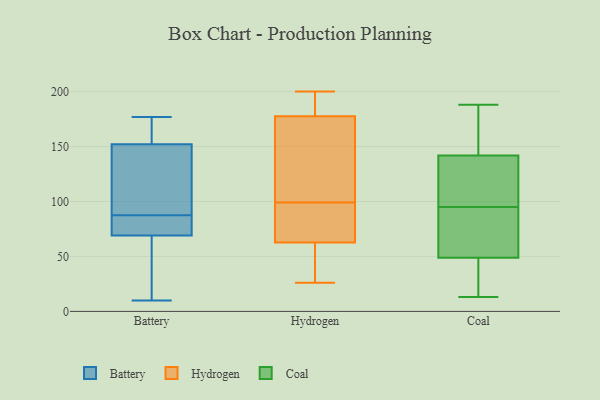
{"axis": {"x": "Population (Million)", "y": "Value"}, "legend": ["Battery", "Coal", "Hydrogen"], "data": [{"x": "", "y": 161, "type": "Battery"}, {"x": "", "y": 45, "type": "Battery"}, {"x": "", "y": 78, "type": "Battery"}, {"x": "", "y": 69, "type": "Battery"}, {"x": "", "y": 86, "type": "Battery"}, {"x": "", "y": 10, "type": "Battery"}, {"x": "", "y": 89, "type": "Battery"}, {"x": "", "y": 152, "type": "Battery"}, {"x": "", "y": 133, "type": "Battery"}, {"x": "", "y": 177, "type": "Battery"}, {"x": "", "y": 179, "type": "Hydrogen"}, {"x": "", "y": 85, "type": "Hydrogen"}, {"x": "", "y": 173, "type": "Hydrogen"}, {"x": "", "y": 99, "type": "Hydrogen"}, {"x": "", "y": 200, "type": "Hydrogen"}, {"x": "", "y": 59, "type": "Hydrogen"}, {"x": "", "y": 179, "type": "Hydrogen"}, {"x": "", "y": 74, "type": "Hydrogen"}, {"x": "", "y": 144, "type": "Hydrogen"}, {"x": "", "y": 38, "type": "Hydrogen"}, {"x": "", "y": 26, "type": "Hydrogen"}, {"x": "", "y": 95, "type": "Coal"}, {"x": "", "y": 144, "type": "Coal"}, {"x": "", "y": 95, "type": "Coal"}, {"x": "", "y": 13, "type": "Coal"}, {"x": "", "y": 48, "type": "Coal"}, {"x": "", "y": 138, "type": "Coal"}, {"x": "", "y": 23, "type": "Coal"}, {"x": "", "y": 58, "type": "Coal"}, {"x": "", "y": 129, "type": "Coal"}, {"x": "", "y": 32, "type": "Coal"}, {"x": "", "y": 91, "type": "Coal"}, {"x": "", "y": 141, "type": "Coal"}, {"x": "", "y": 49, "type": "Coal"}, {"x": "", "y": 135, "type": "Coal"}, {"x": "", "y": 163, "type": "Coal"}, {"x": "", "y": 188, "type": "Coal"}, {"x": "", "y": 159, "type": "Coal"}]}